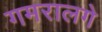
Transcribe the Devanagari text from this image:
गमरालगे